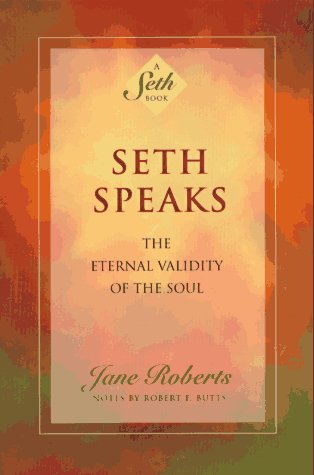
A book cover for Seth Speaks: The Eternal Validity of the Soul; Jane Roberts; Religion & Spirituality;